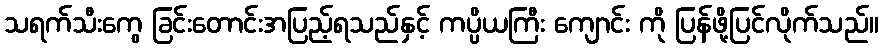
သရက်သီးကွေ ခြင်းတောင်းအပြည့်ရသည်နှင့် ကပ္ပိယကြီး ကျောင်း ကို ပြန်ဖို့ပြင်လိုက်သည်။